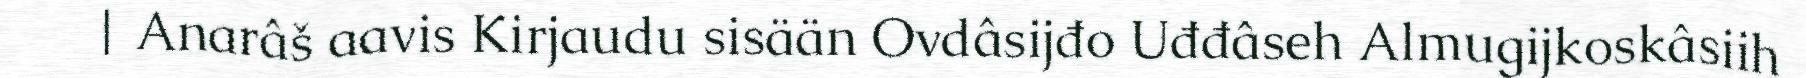
| Anarâš aavis Kirjaudu sisään Ovdâsijđo Uđđâseh Almugijkoskâsiih